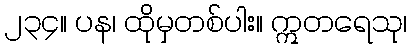
၂၃၄။ ပန၊ ထိုမှတစ်ပါး။ ဣတရေသု၊